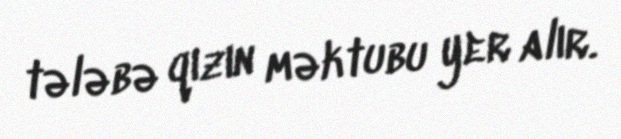
tələbə qızın məktubu yer alır.